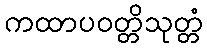
ကထာပဝတ္တိသုတ္တံ